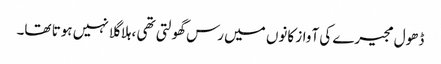
ڈھول مجیرے کی آواز کانوں میں رس گھولتی تھی ،ہلا گلا نہیں ہوتا تھا۔